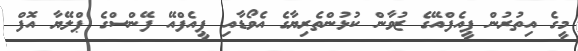
މީގެ އިތުރުން ޕީއެފްއޭގެ ޒުވާން ކުޅުންތެރިޔާގެ އެވޯޑާއި ޕީއެފްއޭ ފޭންސްގެ ޕްލޭޔާ އޮފް